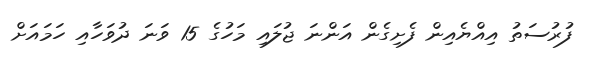
ފުރުސަތު އިއްޔެއިން ފެށިގެން އަންނަ ޖުލައި މަހުގެ 15 ވަނަ ދުވަހާއި ހަމައަށް